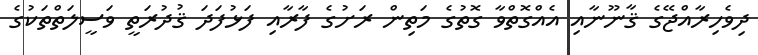
ދިވެހިރާއްޖޭގެ ޤާނޫނާއި އެއްގޮތްވާ ގޮތުގެ މަތިން ރަށުގެ ފާރާއި ފަޅުފަދަ ޤުދުރަތީ ވަސީލަތްތަކުގެ